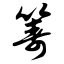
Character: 筹